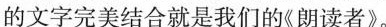
的文字完美结合就是我们的《朗读者》。